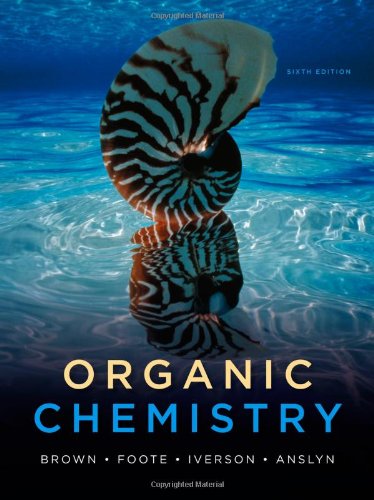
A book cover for Organic Chemistry (William H. Brown and Lawrence S. Brown); William H. Brown; Science & Math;